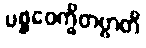
ပစ္စဝေက္ခိတဗ္ဗာတိ